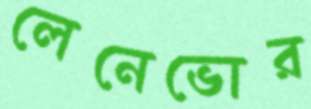
লেনেভোর